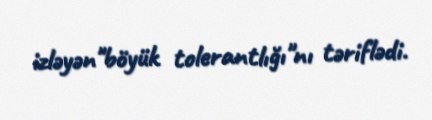
izləyən"böyük tolerantlığı"nı təriflədi.